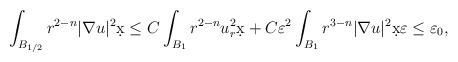
LaTeX: \begin{align*}\int_{B_{1/2}} r^{2-n} |\nabla u|^2 \d x \leq C \int_{B_{1}} r^{2-n} u_r^2 \d x + C \varepsilon^2 \int_{B_{1}} r^{3-n}|\nabla u|^2 \d x \varepsilon \leq \varepsilon_0,\end{align*}